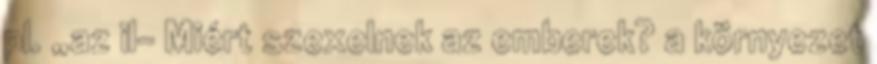
pl. „az il- Miért szexelnek az emberek? a környezet